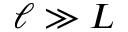
\ell \gg L